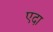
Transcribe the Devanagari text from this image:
एदा